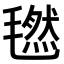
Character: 𣰂